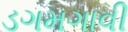
ડગમગાવી